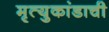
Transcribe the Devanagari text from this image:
मृत्युकांडाची